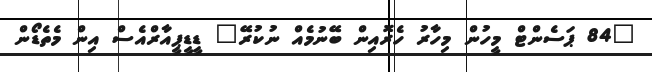
"84 ޕަސެންޓް މީހުން މިހާރު ހެރޮއިން ބޭނުމެއް ނުކުރޭ" ޑީޑީޕީއާރްއެސް އިން މެތެޑޯން